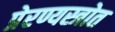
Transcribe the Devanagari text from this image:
प्रेरण्यस्त्रोत